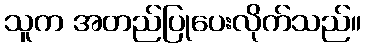
သူက အတည်ပြုပေးလိုက်သည်။